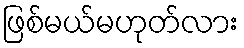
ဖြစ်မယ်မဟုတ်လား